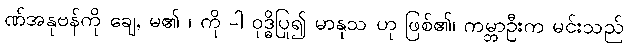
ဏ်အနုဗန်ကို ချေ, မ၏ ၊ ကို -ါ ဝုဒ္ဓိပြု၍ မာနုသ ဟု ဖြစ်၏၊ ကမ္ဘာဦးက မင်းသည်